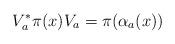
LaTeX: \begin{align*}V_{a}^{*}\pi(x)V_{a}=\pi(\alpha_{a}(x))\end{align*}